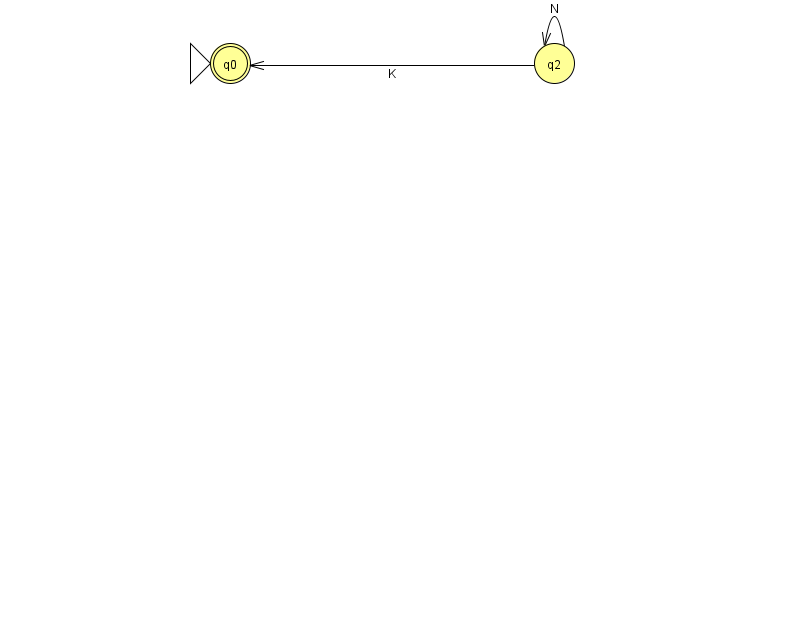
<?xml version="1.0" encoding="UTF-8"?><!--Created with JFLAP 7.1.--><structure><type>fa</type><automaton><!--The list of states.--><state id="0" name="q0"><x>230.0</x><y>50.0</y><initial/><final/></state><state id="2" name="q2"><x>554.0</x><y>50.0</y></state><!--The list of transitions.--><transition><from>2</from><to>0</to><read>K</read></transition><transition><from>2</from><to>2</to><read>N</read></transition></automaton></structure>